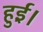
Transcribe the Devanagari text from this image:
हुई़़।